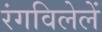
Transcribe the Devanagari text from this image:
रंगविलेलें